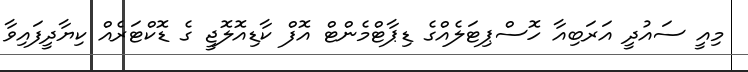
މިއީ ސައުދީ އަރަބިއާ ހޮސްޕިޓަލެއްގެ ޑިޕާޓްމެންޓް އޮފް ކާޑިއޮލޮޖީ ގެ ޑޮކްޓަރެއް ކިޔާދީފައިވާ